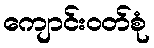
ကျောင်းဝတ်စုံ